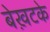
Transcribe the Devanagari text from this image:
बेख़टके